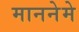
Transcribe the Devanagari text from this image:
माननेमे